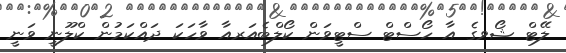
ލޭޓް ޝޯވގެ އާ ހޯސްޓް ސްޓީވަން ކޯލްބެއަރއާ ވާހަކަ ދައްކަމުން ކްލޫނީ ވަނީ